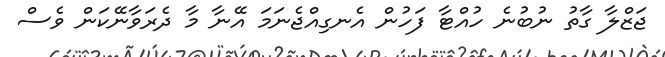
ޖަޒްލާ ގާތު ނުބުނެ ހުއްޓާ ފަހުން އެނގިއްޖެނަމަ އޭނާ މާ ދެރަވާނޭކަން ވެސް